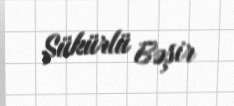
Şükürlü Bəşir